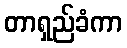
တာရှည်ခံကာ